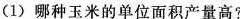
(1)哪种玉米的单位面积产量高?